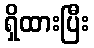
ရှိထားပြီး